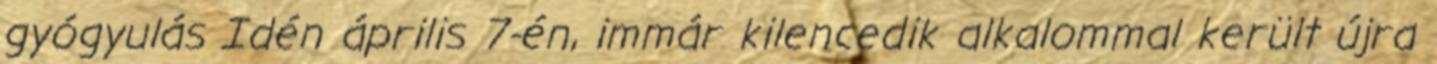
gyógyulás Idén április 7-én, immár kilencedik alkalommal került újra